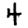
Digit: 4